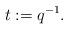
LaTeX: \begin{align*} t := q^{-1}.\end{align*}